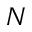
N